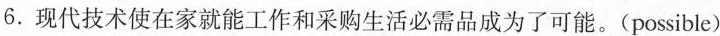
6.现代技术使在家就能工作和采购生活必需品成为了可能。(possible)